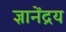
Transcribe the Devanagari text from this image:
ज्ञानेंद्रय